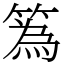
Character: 䈧